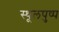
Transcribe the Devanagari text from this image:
स्थूलपुष्प